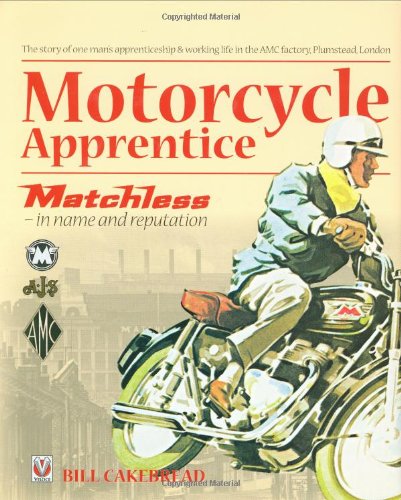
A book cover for Motorcycle Apprentice: Matchless - in name & reputation; Bill W. A. Cakebread; Business & Money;